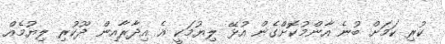
ކުރި ކަމަށް ބުނެ އާންމުކޮށްގެން އުޅޭ ލިޔުމަކީ އެ އިދާރާއިން ދޫކުރި ލިޔުމެއް